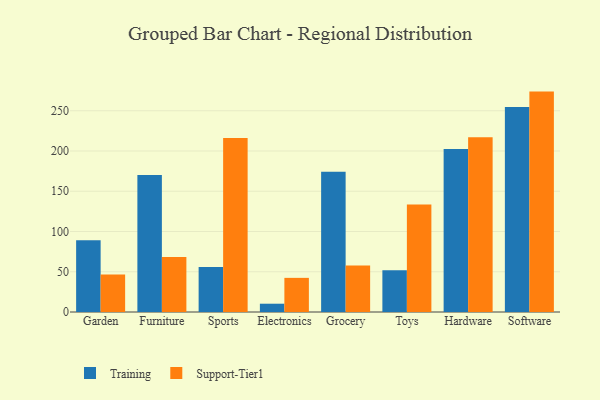
{"axis": {"x": "Category", "y": "Active Users"}, "legend": ["Support-Tier1", "Training"], "data": [{"x": "Garden", "y": 89.2, "type": "Training"}, {"x": "Garden", "y": 46.7, "type": "Support-Tier1"}, {"x": "Furniture", "y": 170.2, "type": "Training"}, {"x": "Furniture", "y": 68.3, "type": "Support-Tier1"}, {"x": "Sports", "y": 56.0, "type": "Training"}, {"x": "Sports", "y": 216.1, "type": "Support-Tier1"}, {"x": "Electronics", "y": 10.3, "type": "Training"}, {"x": "Electronics", "y": 42.4, "type": "Support-Tier1"}, {"x": "Grocery", "y": 174.3, "type": "Training"}, {"x": "Grocery", "y": 57.9, "type": "Support-Tier1"}, {"x": "Toys", "y": 51.8, "type": "Training"}, {"x": "Toys", "y": 133.5, "type": "Support-Tier1"}, {"x": "Hardware", "y": 202.4, "type": "Training"}, {"x": "Hardware", "y": 217.1, "type": "Support-Tier1"}, {"x": "Software", "y": 254.6, "type": "Training"}, {"x": "Software", "y": 273.8, "type": "Support-Tier1"}]}